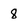
Character: 8